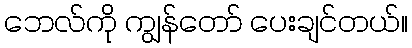
ဘေလ်ကို ကျွန်တော် ပေးချင်တယ်။